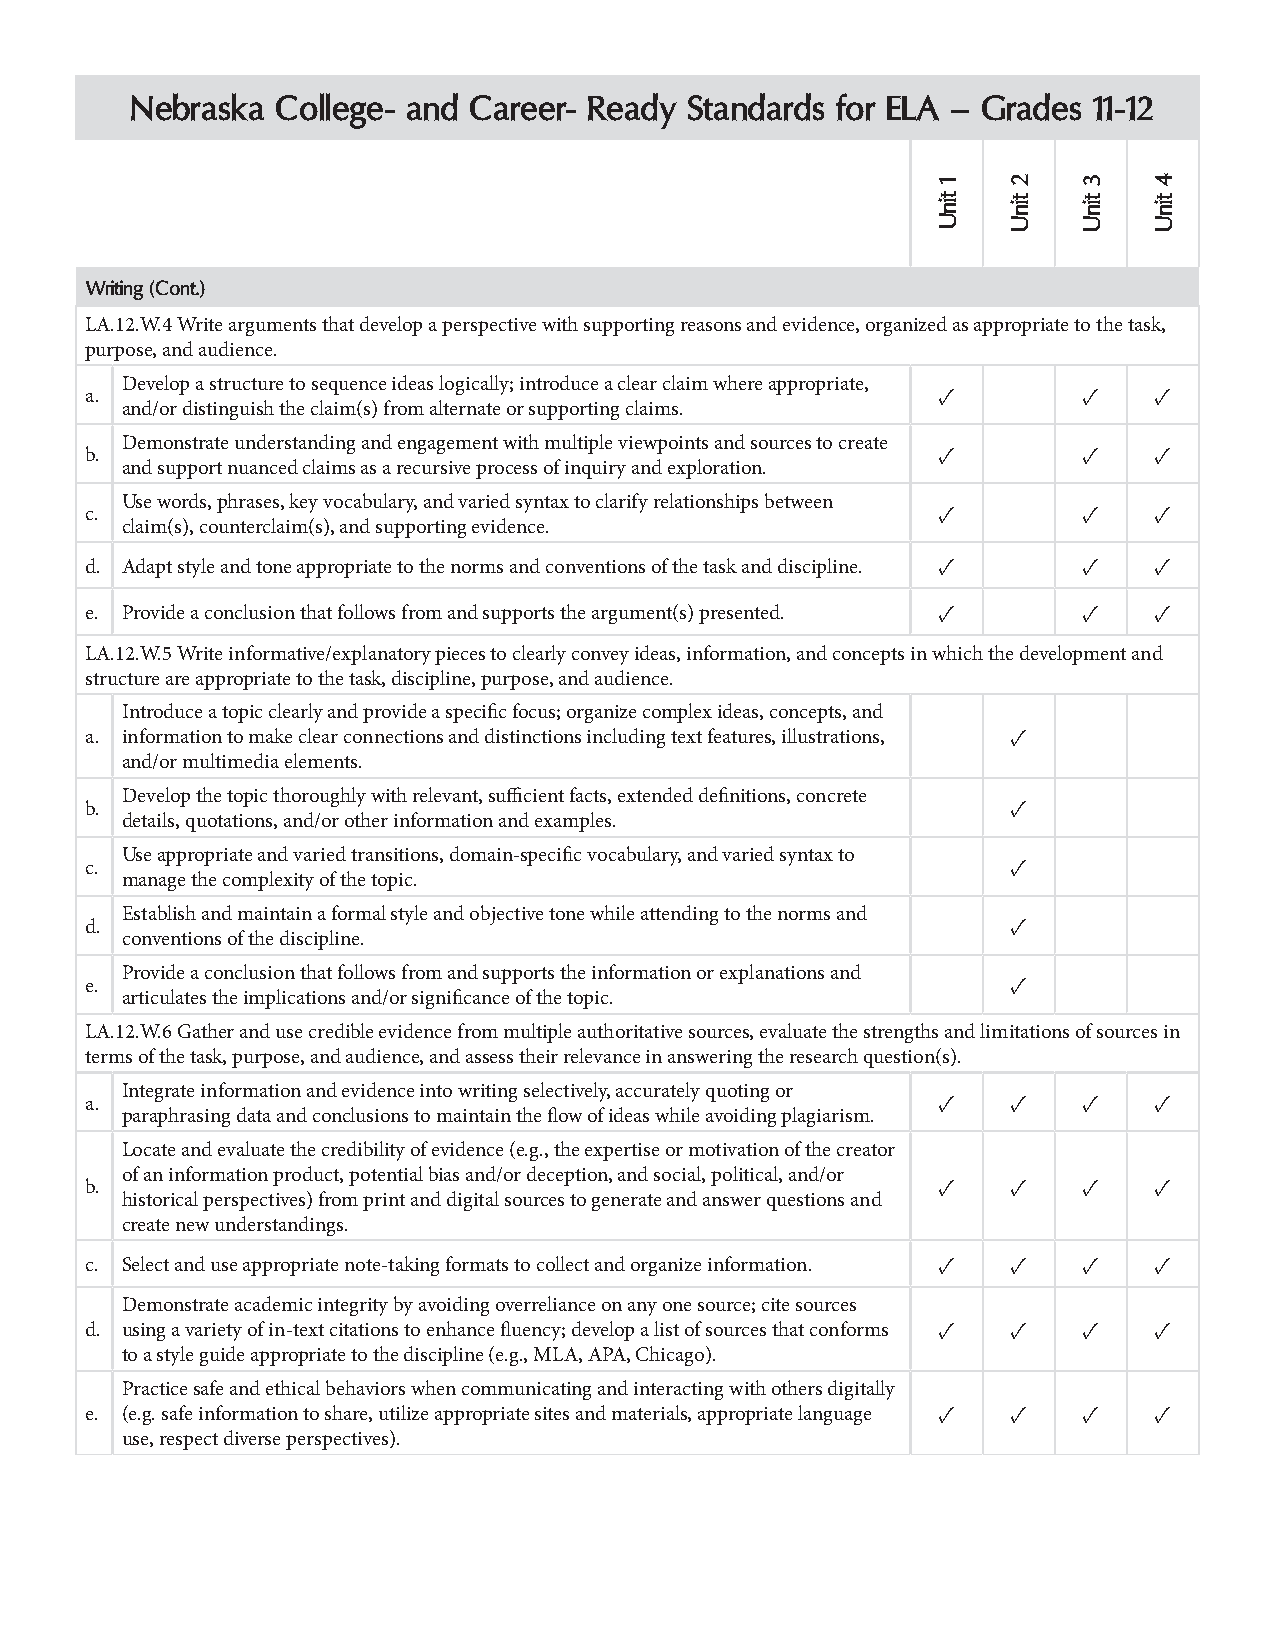
Nebraska College- and Career- Ready Standards for ELA – Grades 11-12
 Writing (Cont.)
 LA.12.W.4 Write arguments that develop a perspective with supporting reasons and evidence, organized as appropriate to the task,
 purpose, and audience.
 Develop a structure to sequence ideas logically; introduce a clear claim where appropriate,
 a.                                                      ✓         ✓   ✓
 and/or distinguish the claim(s) from alternate or supporting claims.
 Demonstrate understanding and engagement with multiple viewpoints and sources to create
 b.                                                      ✓         ✓   ✓
 and support nuanced claims as a recursive process of inquiry and exploration.
 Use words, phrases, key vocabulary, and varied syntax to clarify relationships between
 c.                                                      ✓         ✓   ✓
 claim(s), counterclaim(s), and supporting evidence.
 d. Adapt style and tone appropriate to the norms and conventions of the task and discipline. ✓ ✓ ✓
 e. Provide a conclusion that follows from and supports the argument(s) presented. ✓ ✓ ✓
 LA.12.W.5 Write informative/explanatory pieces to clearly convey ideas, information, and concepts in which the development and
 structure are appropriate to the task, discipline, purpose, and audience.
 Introduce a topic clearly and provide a specific focus; organize complex ideas, concepts, and
 a. information to make clear connections and distinctions including text features, illustrations, ✓
 and/or multimedia elements.
 Develop the topic thoroughly with relevant, sufficient facts, extended definitions, concrete
 b.                                                           ✓
 details, quotations, and/or other information and examples.
 Use appropriate and varied transitions, domain-specific vocabulary, and varied syntax to
 c.                                                           ✓
 manage the complexity of the topic.
 Establish and maintain a formal style and objective tone while attending to the norms and
 d.                                                           ✓
 conventions of the discipline.
 Provide a conclusion that follows from and supports the information or explanations and
 e.                                                           ✓
 articulates the implications and/or significance of the topic.
 LA.12.W.6 Gather and use credible evidence from multiple authoritative sources, evaluate the strengths and limitations of sources in
 terms of the task, purpose, and audience, and assess their relevance in answering the research question(s).
 Integrate information and evidence into writing selectively, accurately quoting or
 a.                                                      ✓    ✓    ✓   ✓
 paraphrasing data and conclusions to maintain the flow of ideas while avoiding plagiarism.
 Locate and evaluate the credibility of evidence (e.g., the expertise or motivation of the creator
 of an information product, potential bias and/or deception, and social, political, and/or
 b.                                                      ✓    ✓    ✓   ✓
 historical perspectives) from print and digital sources to generate and answer questions and
 create new understandings.
 c. Select and use appropriate note-taking formats to collect and organize information. ✓ ✓ ✓ ✓
 Demonstrate academic integrity by avoiding overreliance on any one source; cite sources
 d. using a variety of in-text citations to enhance fluency; develop a list of sources that conforms ✓ ✓ ✓ ✓
 to a style guide appropriate to the discipline (e.g., MLA, APA, Chicago).
 Practice safe and ethical behaviors when communicating and interacting with others digitally
 e. (e.g. safe information to share, utilize appropriate sites and materials, appropriate language ✓ ✓ ✓ ✓
 use, respect diverse perspectives).
 1
 tinU
 2
 tinU
 3
 tinU
 4
 tinU